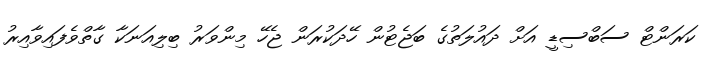
ކަރަންޓް ސަބްސިޑީ އަށް ދައުލަތުގެ ބަޖެޓުން ހޭދަކުރަން ޖެހޭ މިންވަރު ބިލިއަނަކާ ގާތްވެފައިވާއިރު